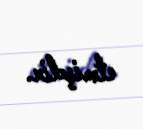
etmişdir.